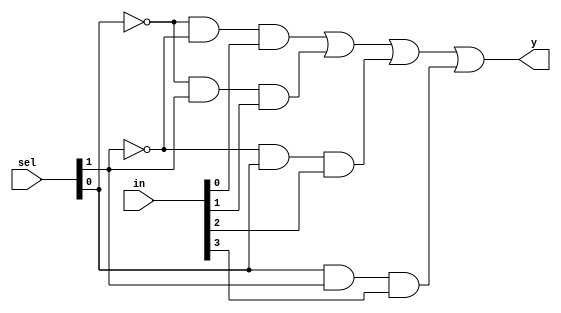
`timescale 1ns /1ps

module mux_4x1(y,in,sel);
input [3:0]in;
input [1:0]sel;
output y;
wire w1,w2,w3,w4,w5,w6;

not g1(w1,sel[0]);
not g2(w2,sel[1]);

and g3(w3,w1,w2,in[0]);
and g4(w4,w1,sel[1],in[1]);
and g5(w5,w2,sel[0],in[2]);
and g6(w6,sel[0],sel[1],in[3]);

or g7(y,w3,w4,w5,w6);

endmodule